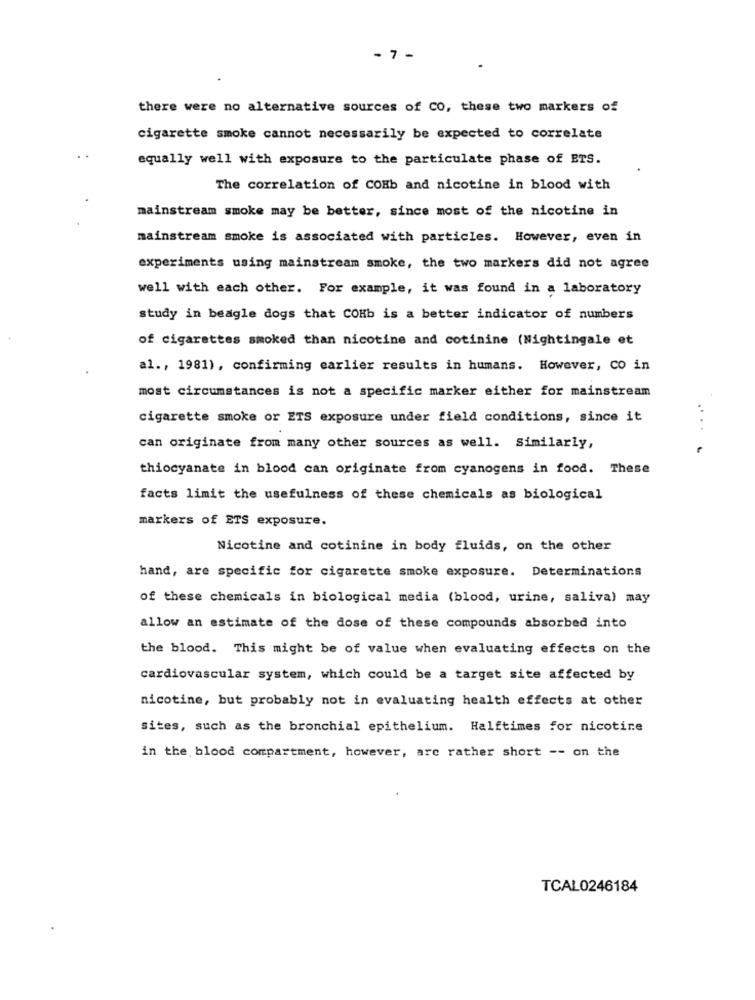
- 7 -
there were no alternative sources of CO, these two markers of
cigarette smoke cannot necessarily be expected to correlate
equally well with exposure to the particulate phase of ETS.
The correlation of COHb and nicotine in blood with
mainstream smoke may be better, since most of the nicotine in
mainstream smoke is associated with particles. However, even in
experiments using mainstream smoke, the two markers did not agree
well with each other. For example, it was found in a laboratory
study in beagle dogs that COHb is a better indicator of numbers
of cigarettes smoked than nicotine and cotinine (Nightingale et
al ., 1981), confirming earlier results in humans. However, co in
most circumstances is not a specific marker either for mainstream
cigarette smoke or ETS exposure under field conditions, since it
....
can originate from many other sources as well. Similarly,
thiocyanate in blood can originate from cyanogens in food. These
facts limit the usefulness of these chemicals as biological
markers of ETS exposure.
Nicotine and cotinine in body fluids, on the other
hand, are specific for cigarette smoke exposure. Determinations
of these chemicals in biological media (blood, urine, saliva) may
allow an estimate of the dose of these compounds absorbed into
the blood. This might be of value when evaluating effects on the
cardiovascular system, which could be a target site affected by
nicotine, but probably not in evaluating health effects at other
sites, such as the bronchial epithelium. Halftimes for nicotine
in the blood compartment, however, arc rather short -- on the
TCAL0246184